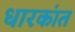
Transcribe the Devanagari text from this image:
धारकांत